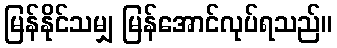
မြန်နိုင်သမျှ မြန်အောင်လုပ်ရသည်။